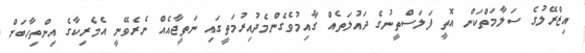
އިޒްރޭލުގެ ސަލާމަތްކަން އޮތީ ފަލަސްތީނުގެ ދައުލަތެއް ގާއިމުވެގެންމެދުއިރުމަތީގައި ނަތީޖާއެއް ނެރެވޭނީ އެމެރިކާގެ އިންތިހާބަށް